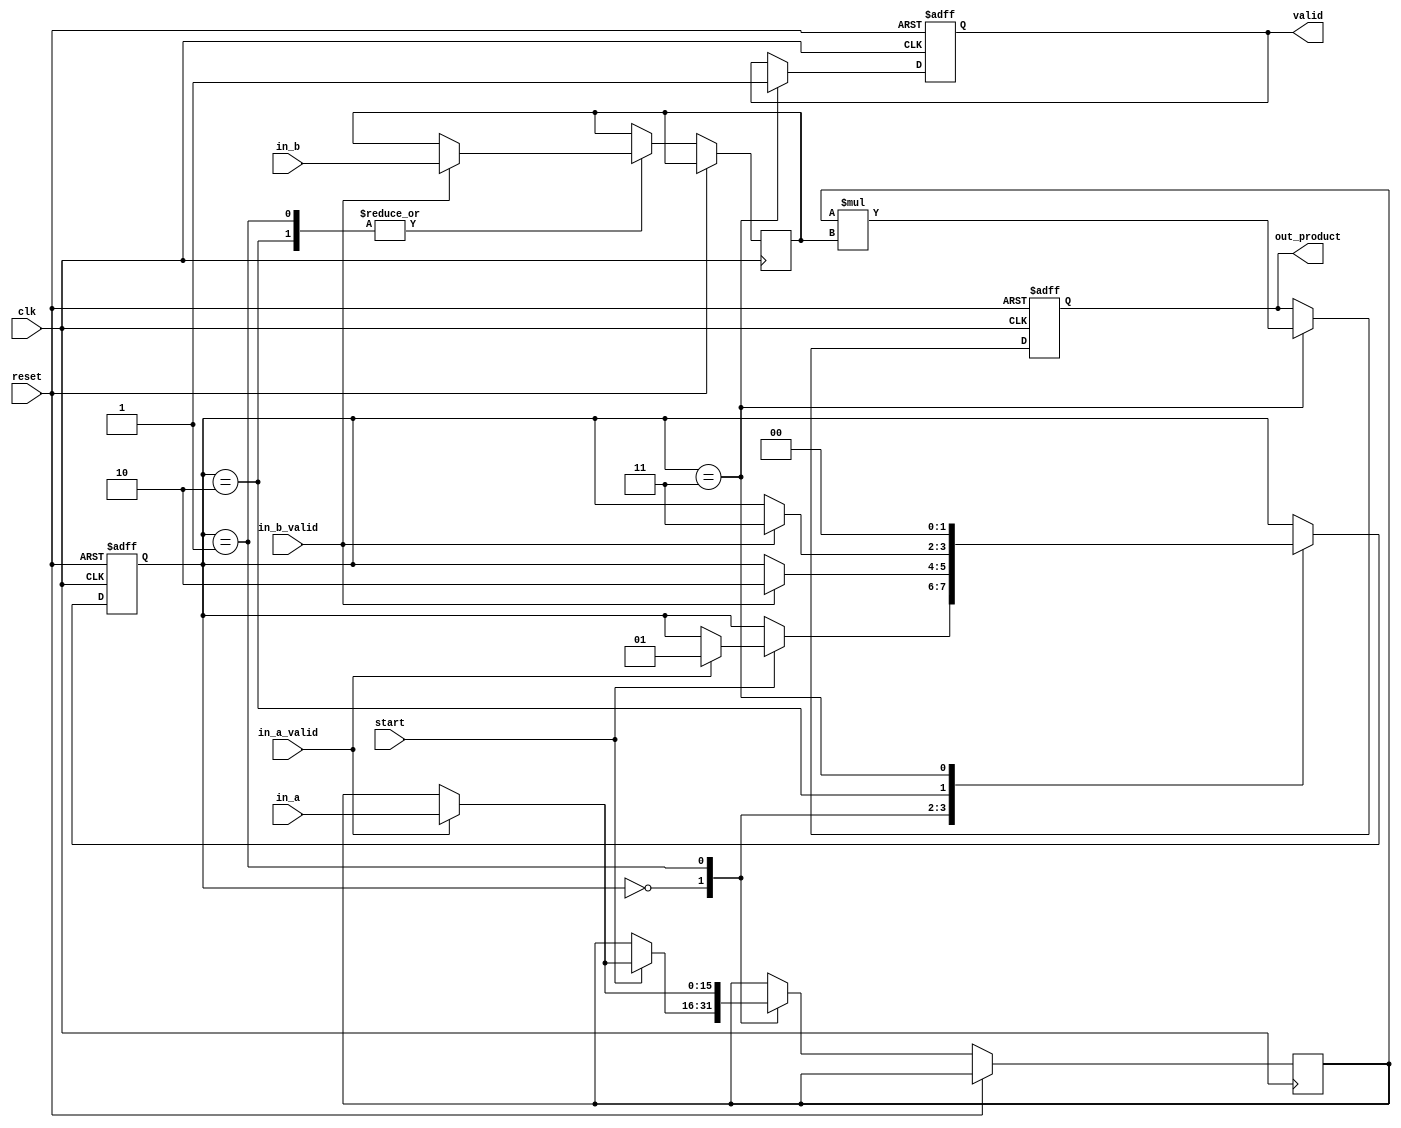
module arithmetic_streaming_multiplier (
    input clk,
    input reset,
    input start,
    input in_a_valid,
    input in_b_valid,
    input [15:0] in_a,  // Input width for multiplicand A
    input [15:0] in_b,  // Input width for multiplicand B
    output reg [31:0] out_product, // Output width for product (assuming max 16x16=32)
    output reg valid
);

    reg [15:0] reg_a;
    reg [15:0] reg_b;
    reg [1:0] state; // State for the FSM
    reg [3:0] count; // Counter for number of received bits

    localparam IDLE = 2'b00,
               LOAD_A = 2'b01,
               LOAD_B = 2'b10,
               COMPUTE = 2'b11;

    // Asynchronous reset
    always @(posedge clk or posedge reset) begin
        if (reset) begin
            out_product <= 0;
            valid <= 0;
            state <= IDLE;
            count <= 0;
        end else begin
            case (state)
                IDLE: begin
                    if (start) begin
                        // Wait for valid inputs
                        if (in_a_valid) begin
                            reg_a <= in_a;
                            state <= LOAD_A;
                        end
                    end
                end

                LOAD_A: begin
                    if (in_a_valid) begin
                        reg_a <= in_a; // Update reg_a
                    end
                    if (in_b_valid) begin
                        reg_b <= in_b; // Move to loading b when b is valid
                        state <= LOAD_B;
                    end
                end

                LOAD_B: begin
                    if (in_b_valid) begin
                        reg_b <= in_b; // Update reg_b
                        state <= COMPUTE; // Move to computation state
                    end
                end

                COMPUTE: begin
                    // Compute product
                    out_product <= reg_a * reg_b; // This can be a pipelined multiplication if required
                    valid <= 1; // Set valid high when product is ready
                    state <= IDLE; // Go back to idle after computation
                end

                default: begin
                    state <= IDLE; // Default state to IDLE
                end
            endcase
        end
    end
endmodule